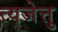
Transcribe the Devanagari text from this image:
त्यजेत्तु